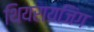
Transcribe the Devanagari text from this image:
थियरायजिंग